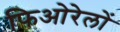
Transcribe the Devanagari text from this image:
फिओरेलों